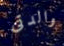
والدتى